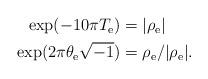
LaTeX: \begin{align*}\aligned\exp(-10 \pi T_{\rm e}) &= \vert \rho_{\rm e}\vert \\\exp(2\pi \theta_{\rm e}\sqrt{-1}) &= \rho_{\rm e}/\vert \rho_{\rm e}\vert.\endaligned\end{align*}